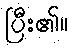
ပြီး၏။